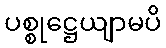
ပစ္စုဋ္ဌေယျာမပိ